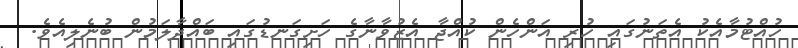
ހުއްޓުމާއެކު އެތަނުގައި ހުރި އަންހެން ކުއްޖާ އެޒުވާނާގެ ހަށިގަނޑުގައި ބައްދާލަމުން ބުނެލިއެވެ.